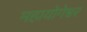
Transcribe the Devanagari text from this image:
महायोगेश्वर